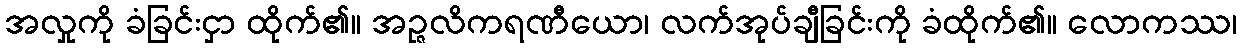
အလှုကို ခံခြင်းငှာ ထိုက်၏။ အဉ္ဇလိကရဏီယော၊ လက်အုပ်ချီခြင်းကို ခံထိုက်၏။ လောကဿ၊